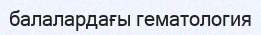
балалардағы гематология